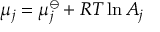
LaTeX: \mu _ { j } = \mu _ { j } ^ { \ominus } + R T \ln { A _ { j } }